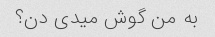
به من گوش میدی دن؟